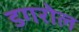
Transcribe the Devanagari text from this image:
डगरोल